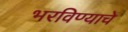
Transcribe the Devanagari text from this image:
भरविण्याचे